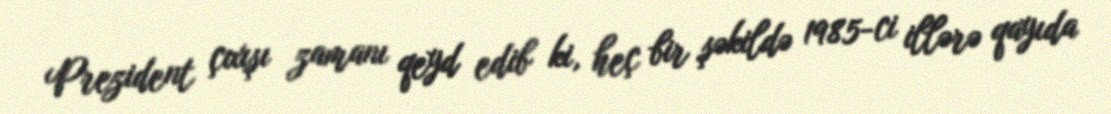
Prezident çıxışı zamanı qeyd edib ki, heç bir şəkildə 1985-ci illərə qayıda